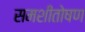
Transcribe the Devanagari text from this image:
समशीतोषण